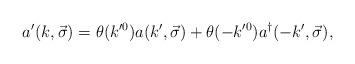
LaTeX: \begin{align*}a'(k,\vec{\sigma})=\theta(k^{\prime 0})a(k',\vec{\sigma})+\theta(-k^{\prime 0})a^{\dagger}(-k',\vec{\sigma}),\end{align*}